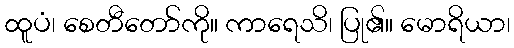
ထူပံ၊ စေတီတော်ကို။ ကာရေသိ၊ ပြု၏။ မောရိယာ၊